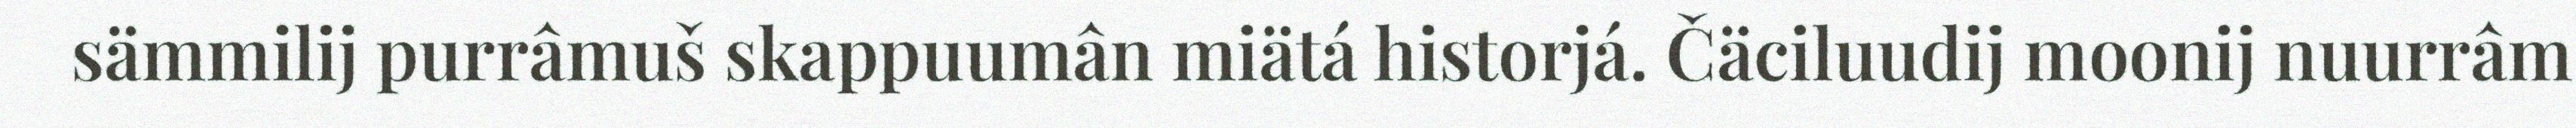
sämmilij purrâmuš skappuumân miätá historjá. Čäciluudij moonij nuurrâm